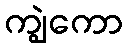
ကျွဲကော